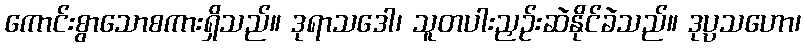
ကောင်းစွာသောစကားရှိသည်။ ဒုရာသဒေါ၊ သူတပါးညှဉ်းဆဲနိုင်ခဲသည်။ ဒုပ္ပသဟော၊